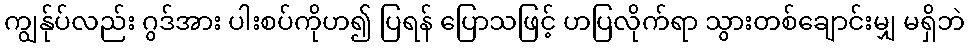
ကျွန်ုပ်လည်း ဂွဒ်အား ပါးစပ်ကိုဟ၍ ပြရန် ပြောသဖြင့် ဟပြလိုက်ရာ သွားတစ်ချောင်းမျှ မရှိဘဲ